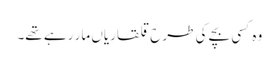
وہ کسی بچے کی طرح قلقاریاں مار رہے تھے۔